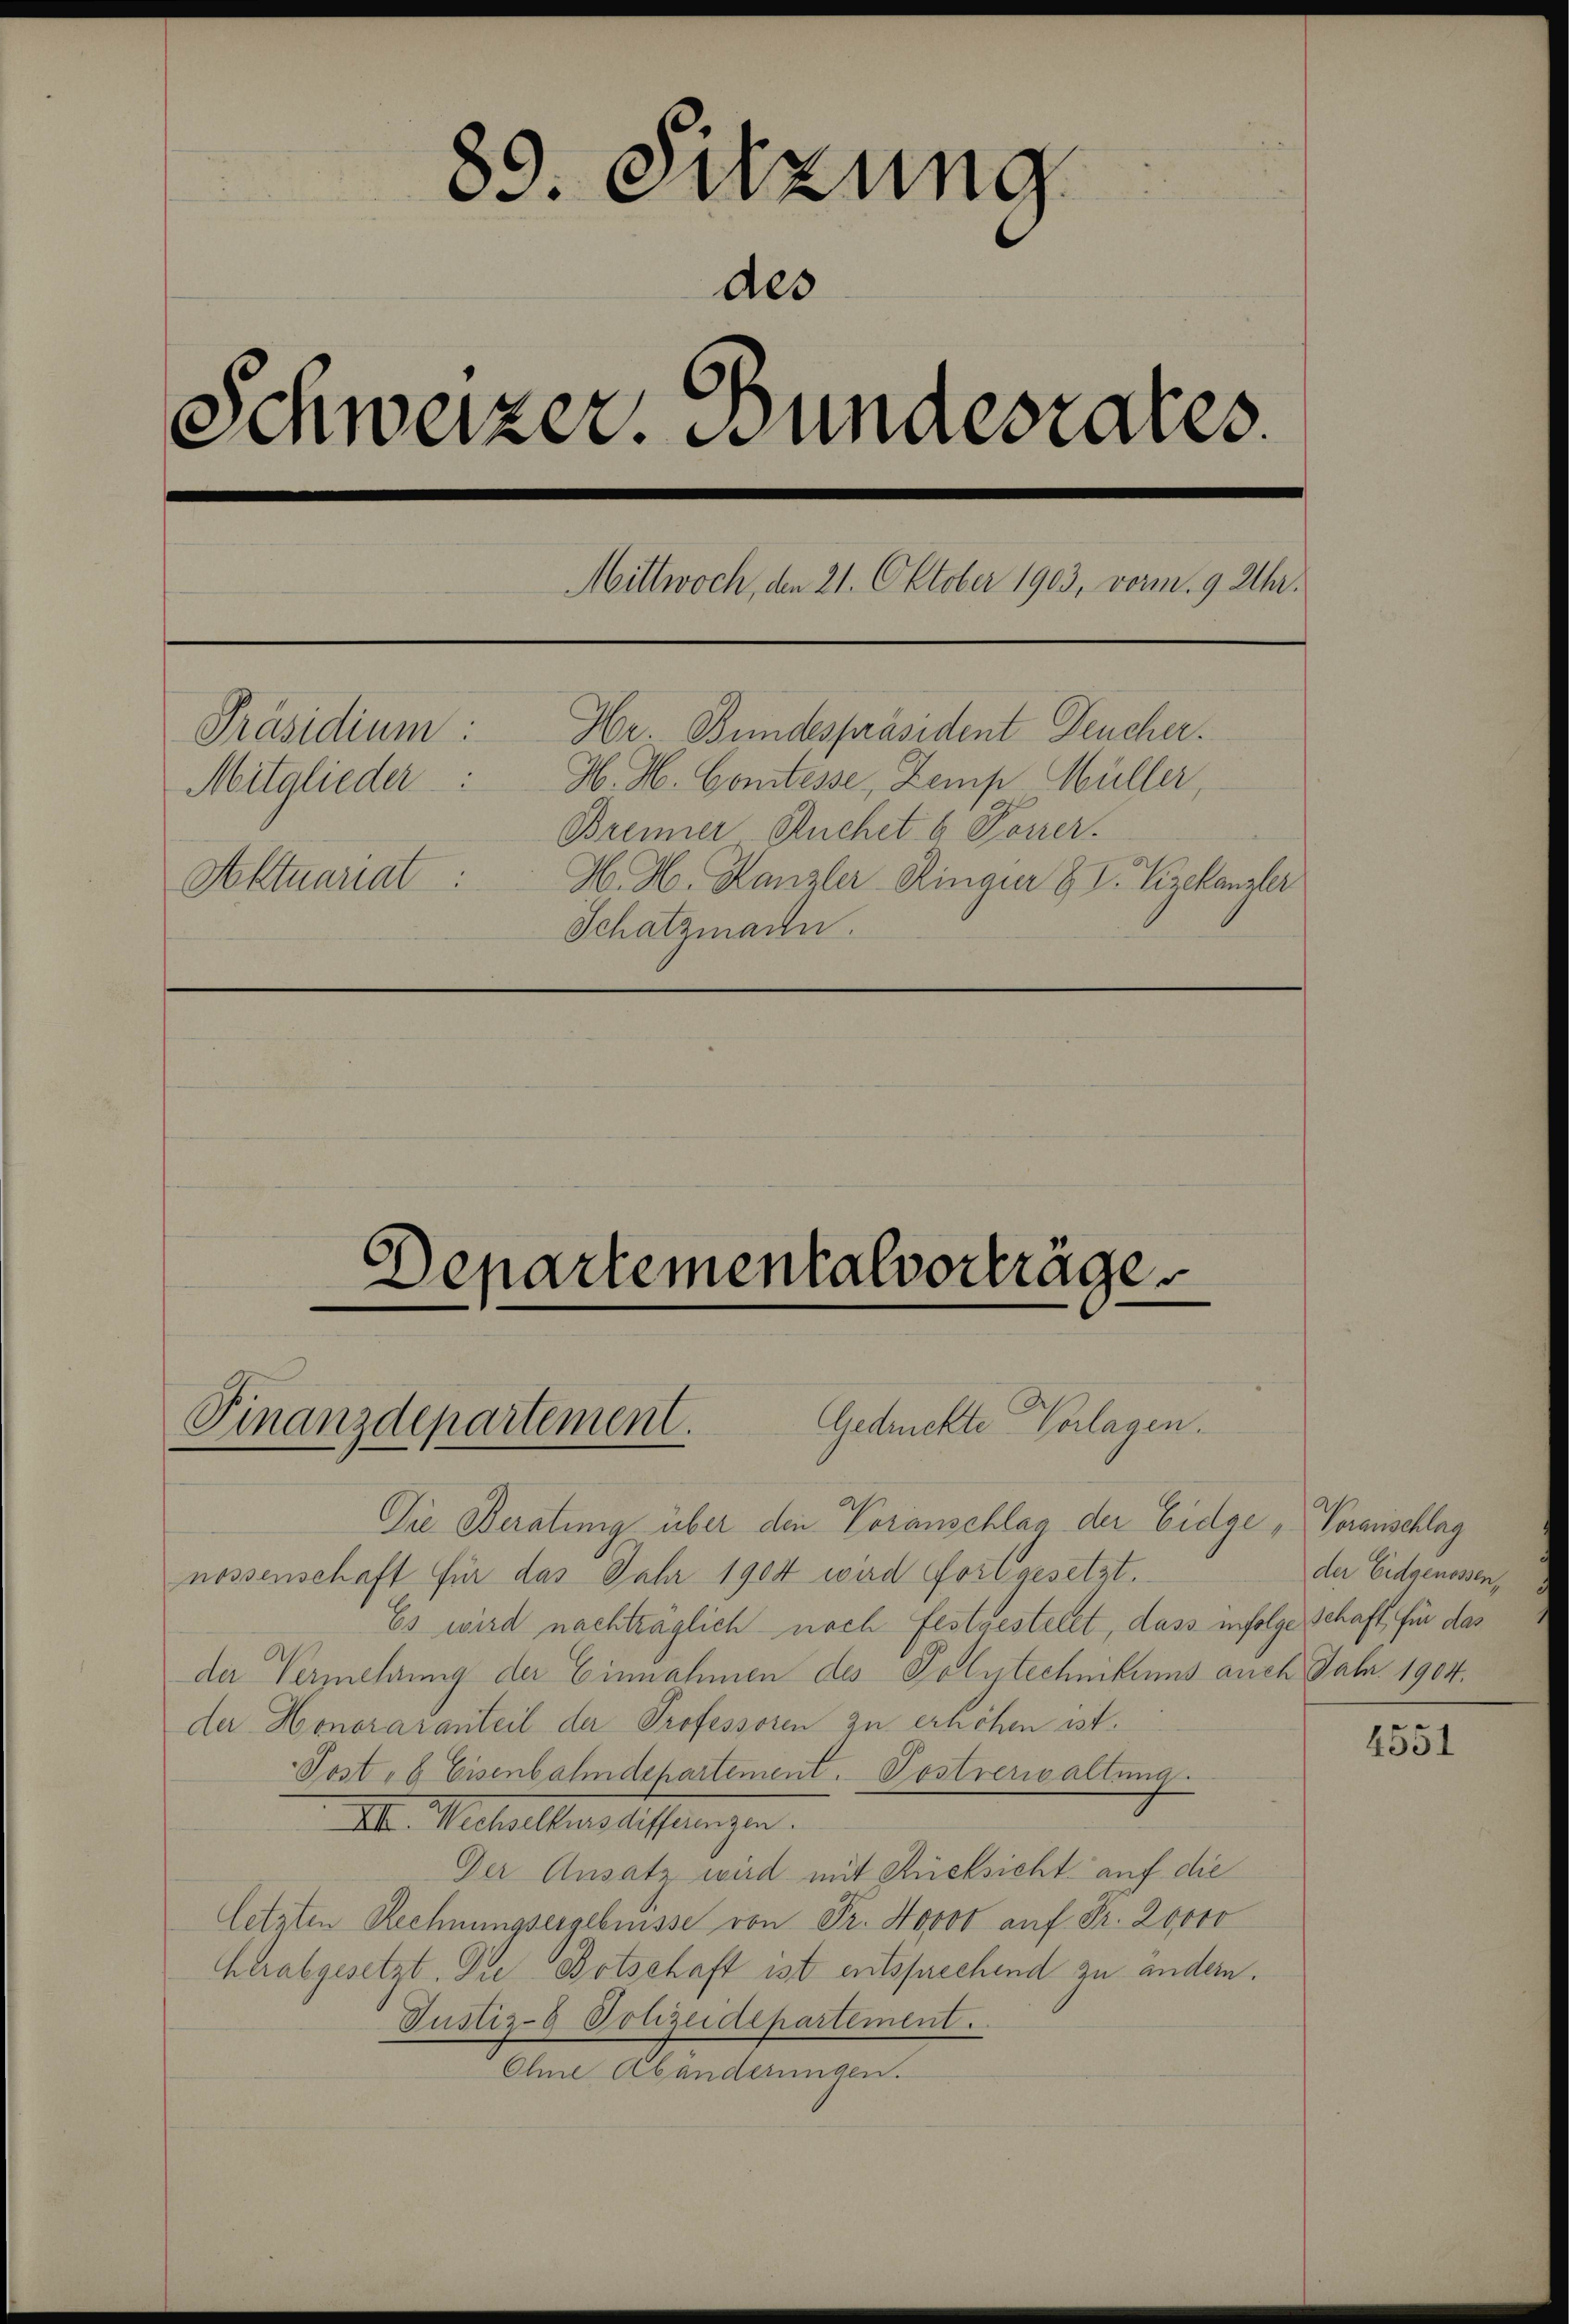
89. Sitzung
des
Schweizer. Bundesrates.
Mittwoch, den 21. Oktober 1903, vorm. 9. Uhr.
Hr. Bundespräsident Deucher.
Präsidium:
Mitglieder: H. H. Comtesse, Zemp Müller,
Brenner Suchet a Parrer.
Aktuariat:
H. H. Kanzler Ringer IV. Vizekanzler
Schatzmann.

Departementalvorträge
Gedruckte Vorlagen.
Finanzdepartement.

Die Beratung über den Voranschlag der Eidge , Voranschlag
nossenschaft für das Jahr 1904 wird fortgesetzt.
Es wird nachträglich noch festgestellt, dass infolge Schaft für das
der Vermehrung der Einnahmen des Polytechnikums auch Fahr 1904.
der Honoraranteil der Professoren zu erhöhen ist.
Post, 6 Eisenbahndepartement. Postverwaltung.
I. Michaellung desserungen.
Der Ansatz wird mit Rücksicht auf die
letzten Rechnungsergebnisse von Fr. 40000 auf Fr. 20000
herabgesetzt. Die Botschaft ist entsprechend zu ändern.
Justiz- & Polizeidepartement.
Ohne Abänderungen.

der Eidgenossen.

4551